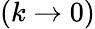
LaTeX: (k\to 0)